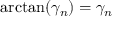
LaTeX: \arctan ( \gamma _ { n } ) = \gamma _ { n }